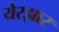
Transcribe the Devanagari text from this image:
येरझार